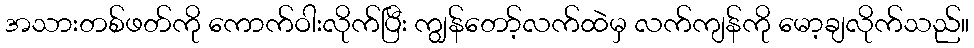
အသားတစ်ဖတ်ကို ကောက်ဝါးလိုက်ပြီး ကျွန်တော့်လက်ထဲမှ လက်ကျန်ကို မော့ချလိုက်သည်။